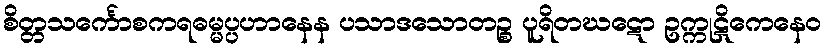
စိတ္တသင်္ကောစကရဓမ္မပ္ပဟာနေန ပသာဒသောတဉ္စ ပူရိတဃဋော ဥက္ကုဋိကေနေဝ